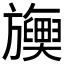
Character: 𬀡